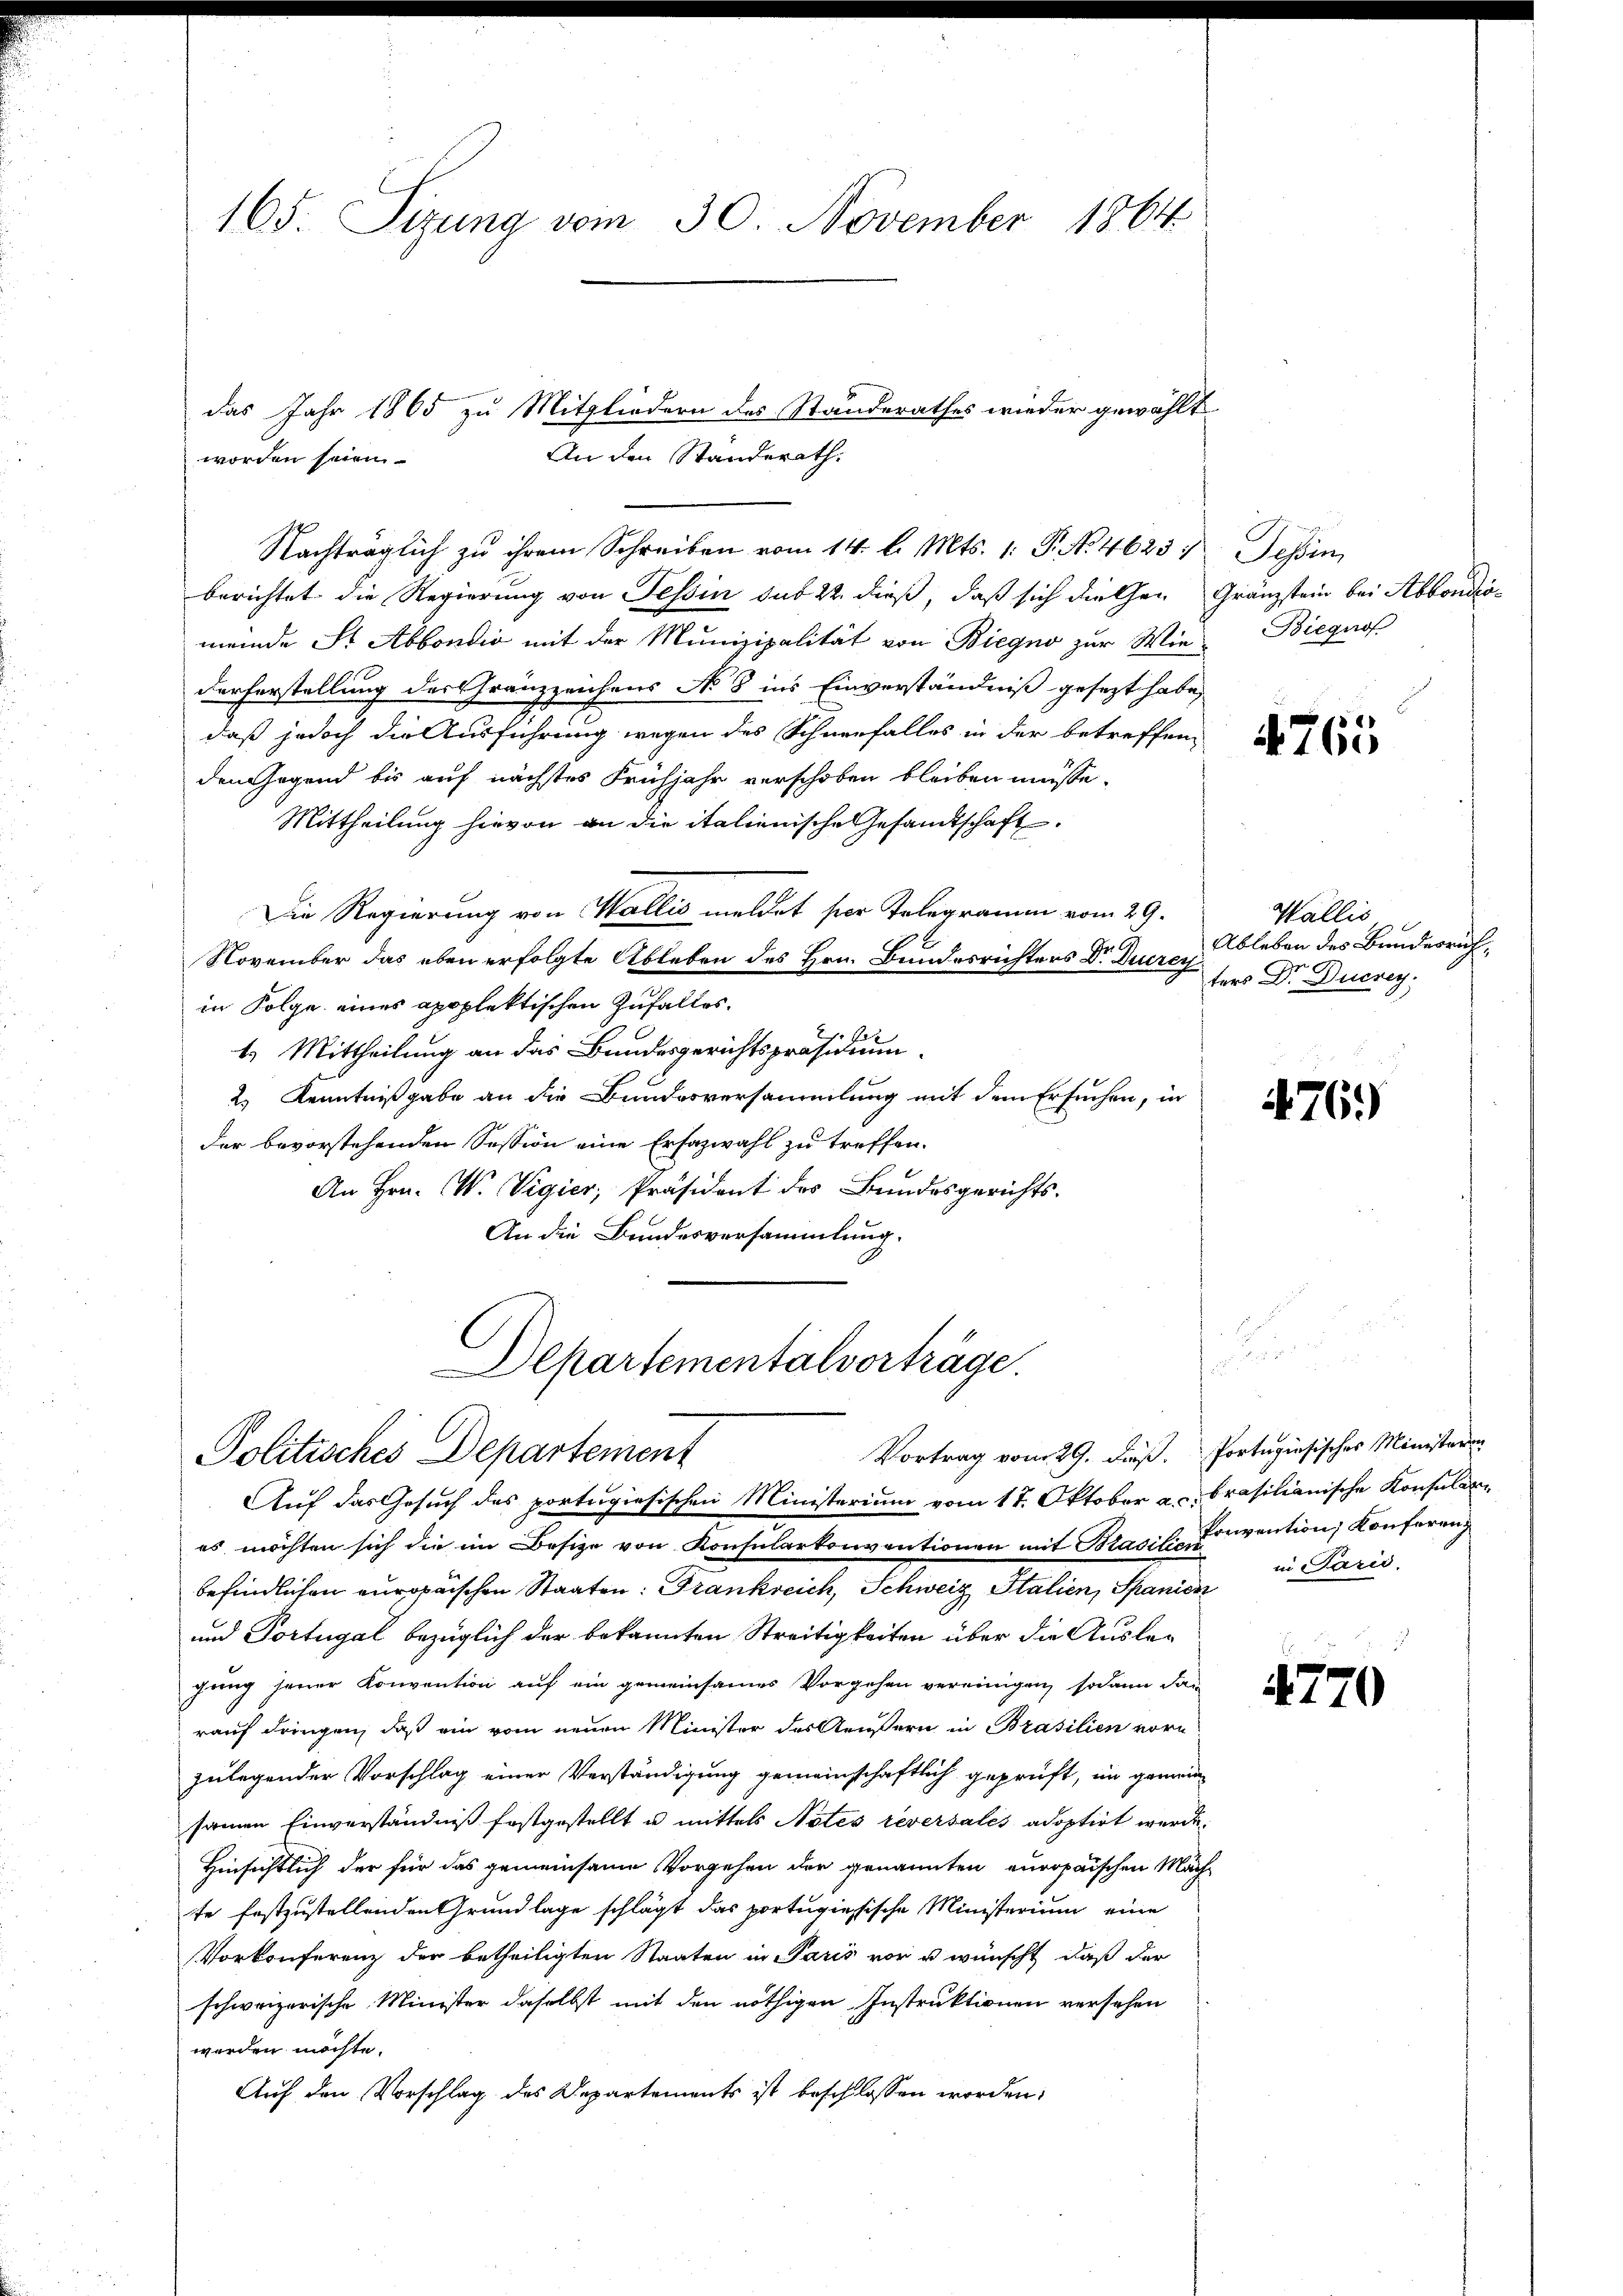
165. Sizung vom 30. November 1864

worden seien
berichtet die Regierung von Tessin sub 22. dieß, daß sich diesen
meinde St. Abbondio mit der Munizipalität von Biegno zur Wiederferstellung des Gränzzeichens No 8 ins Einverständniß gesezt habe,
daß jedoch die Ausführung wegen des Schneefalles in der betreffen
den Gegend bis auf nächstes Frühjahr verschoben bleiben müsse.
Mittheilung hievon an die italienische Gesandtschaft
Die Regierung von Wallis meldet hier Telegramm vom 29.
November das eben erfolgte Ableben des Hrn. Bundesrichters Dr. Durren
in Folge eines apoplektischen Zufalles.
4.) Mittheilung an das Bundesgerichtspräsidium.
2.) Kenntnißgabe an die Bundesversammlung mit dem Ersuchen, in
der bevorstehenden Session eine Erfazwahl zu treffen.
An Hrn. W. Vigier, Präsident des Bundesgerichts-
An die Bundesversammlung.
Departementalvorträge.
Vortrag vom 29. Dieß. Portugisisches Ministerin
Politisches Departement
Auf das Gesuch des portugiesischen Ministerium vom 17. Oktober a.c.
es möchten sich die im Besitze von Konsularkonventionen mit Brasili Einvention, Konferenz
befindlichen europaischen Staaten: Frankreich, Schweiz Italien, Spanier
und Portugal bezüglich der bekannten Streitigkeiten über die Auslag
fung jener Konvention auf ein gemeinsames Vorgehen vereinigen, sodann dan
rauf dringen, daß ein vom neuen Minister des Aeußern in Brasilien vorn
zulegender Vorschlag einer Verständigung gemeinschaftlich geprüft, im gemein
samen Einverständniß festgestellt u. mittels Notes reversales adoptirt werde.
Hinsichtlich der für das gemeinsame Vorgehen der genannten europaischen Mag
te festzustellenden Grundlage schlägt das portugiessische Ministerium eine
Vorkonferenz der betheiligten Staaten in Paris vor u wünscht, daß der
schweizerische Minister daselbst mit den nöthigen Instruktionen versehen
werden möchte.
Auf den Vorschlag des Departements ist beschlossen worden:

das Jahr 1865 zu Mitgliedern des Standerathes wieder gewählt
An den Standerath.
Nachträglich zu ihrem Schreiben vom 14. l. Mts. 1. P. N. 4625:

Tessin,
Gränzstein bei Abbondro¬
Bieguof

4765

Wallis
Ableben des Bunderrufters Dr. Ducrey;

476.

brasilianische Konsular
in Parić,
t

4770